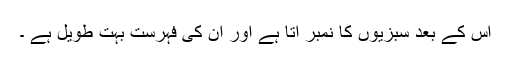
اس کے بعد سبزیوں کا نمبر آتا ہے اور ان کی فہرست بہت طویل ہے ۔